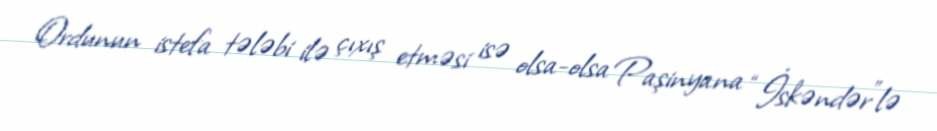
Ordunun istefa tələbi ilə çıxış etməsi isə olsa-olsa Paşinyana “İskəndər”lə